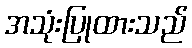
အသုံးပြုထားသည်